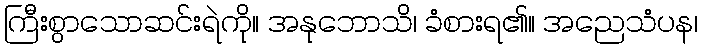
ကြီးစွာသောဆင်းရဲကို။ အနုဘောသိ၊ ခံစားရ၏။ အညေသံပန၊